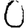
Digit: 0